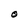
Character: O